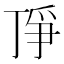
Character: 𬻗